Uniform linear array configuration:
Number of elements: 48
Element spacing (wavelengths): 0.75
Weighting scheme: hamming
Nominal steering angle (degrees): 30
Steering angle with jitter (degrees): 31.335
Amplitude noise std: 0.05
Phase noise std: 0.05

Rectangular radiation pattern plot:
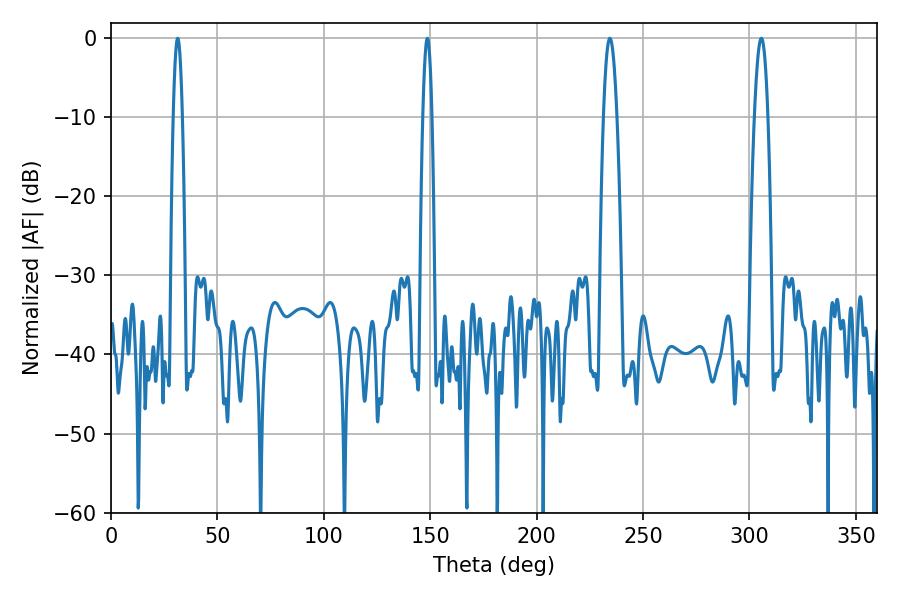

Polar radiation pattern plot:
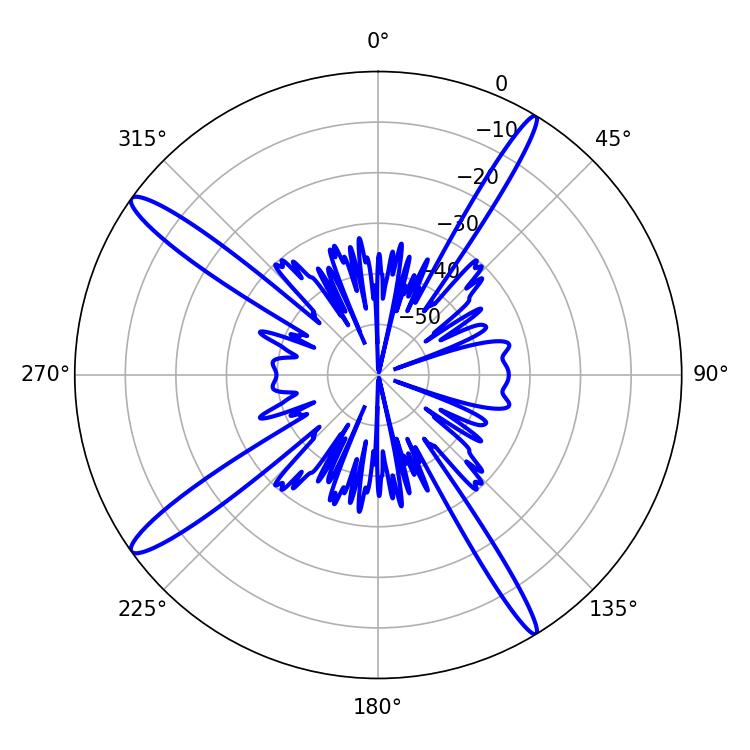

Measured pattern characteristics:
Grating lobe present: TRUE
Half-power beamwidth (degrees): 2.16
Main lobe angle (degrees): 31.32